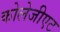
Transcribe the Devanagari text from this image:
कोलेजीएट